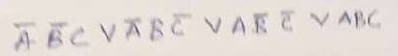
Text: ABCVABCVABCVABC